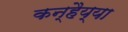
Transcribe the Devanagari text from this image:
कन्हैय्या